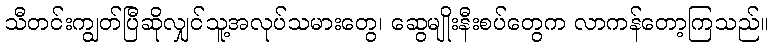
သီတင်းကျွတ်ပြီဆိုလျှင်သူ့အလုပ်သမားတွေ၊ ဆွေမျိုးနီးစပ်တွေက လာကန်တော့ကြသည်။